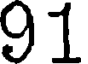
91